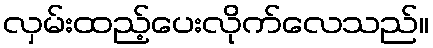
လှမ်းထည့်ပေးလိုက်လေသည်။